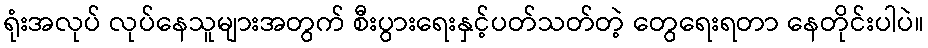
ရုံးအလုပ် လုပ်နေသူများအတွက် စီးပွားရေးနှင့်ပတ်သတ်တဲ့ တွေရေးရတာ နေတိုင်းပါပဲ။